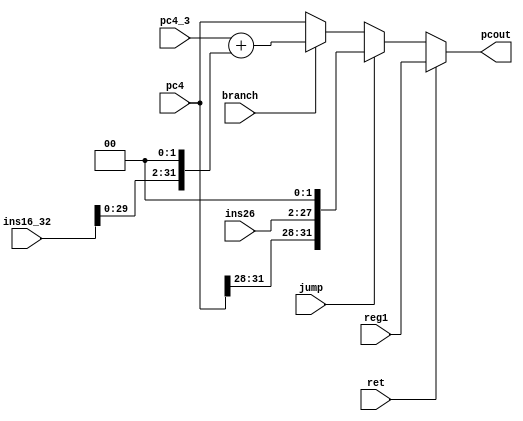
module npc(
	jump,branch,ret,pc4,pc4_3,
	ins26,ins16_32,reg1,
	pcout
    );
	input jump,branch,ret;
	input [31:0]pc4,pc4_3,ins16_32,reg1;
	input [25:0]ins26;
	output [31:0]pcout;
    wire [31:0] pc4_ins26;
    assign pc4_ins26 = { pc4[31:28] , ins26 , 2'b00 };
    assign pcout = ret? reg1:
        jump? pc4_ins26:
        branch? (pc4_3+(ins16_32<<2)): pc4;
endmodule